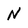
Character: N